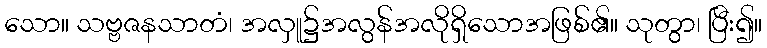
သော။ သဗ္ဗဇနသာတံ၊ အလှူ၌အလွန်အလိုရှိသောအဖြစ်၏။ သုတွာ၊ ပြီး၍။